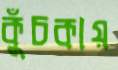
কুঁচকায়